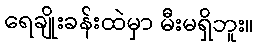
ရေချိုးခန်းထဲမှာ မီးမရှိဘူး။